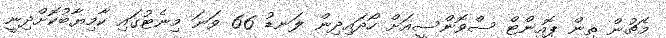
މެޗުން ތިން ޕޮއިންޓް ސްވޮންސީއަށް ހޯދައިދިން ލަނޑު 66 ވަނަ މިނެޓުގައި ކާމިޔާބުކޮށްދިނީ